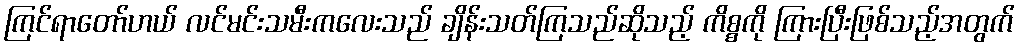
ကြင်ရာတော်ဟယ် လင်မင်းသမီးကလေးသည် ချိန်းသတ်ကြသည်ဆိုသည့် ကိစ္စကို ကြားပြီးဖြစ်သည့်အတွက်